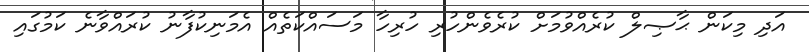
އަދި މިކަން ޙާޞިލް ކުރެއްވުމަށް ކުރެވެންހުރި ހުރިހާ މަސައްކަތެއް އެމަނިކުފާނު ކުރައްވާނެ ކަމުގައި